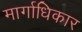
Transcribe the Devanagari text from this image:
मार्गाधिकार